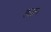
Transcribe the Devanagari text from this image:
इलुल